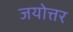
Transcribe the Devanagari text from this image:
जयोत्तर